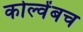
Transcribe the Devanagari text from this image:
कोल्वेंबच